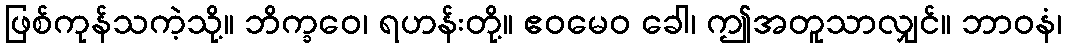
ဖြစ်ကုန်သကဲ့သို့။ ဘိက္ခဝေ၊ ရဟန်းတို့။ ဧဝမေဝ ခေါ၊ ဤအတူသာလျှင်။ ဘာဝနံ၊